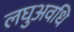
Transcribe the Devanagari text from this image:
लघुअवधि